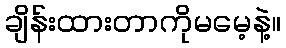
ချိန်းထားတာကိုမမေ့နဲ့။